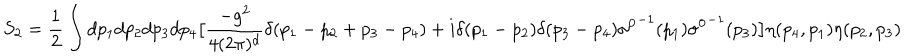
LaTeX: S _ { 2 } = { \frac { 1 } { 2 } } \int d p _ { 1 } d p _ { 2 } d p _ { 3 } d p _ { 4 } \big [ { \frac { - g ^ { 2 } } { 4 ( 2 \pi ) ^ { d } } } \delta ( p _ { 1 } - p _ { 2 } + p _ { 3 } - p _ { 4 } ) + i \delta ( p _ { 1 } - p _ { 2 } ) \delta ( p _ { 3 } - p _ { 4 } ) { \sigma ^ { 0 } } ^ { - 1 } ( p _ { 1 } ) { \sigma ^ { 0 } } ^ { - 1 } ( p _ { 3 } ) \big ] \eta ( p _ { 4 } , p _ { 1 } ) \eta ( p _ { 2 } , p _ { 3 } )